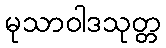
မုသာဝါဒသုတ္တ